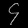
Digit: ၄